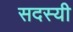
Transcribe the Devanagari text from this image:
सदस्यी